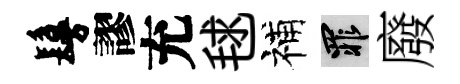
鬘謬充毬補罪廢